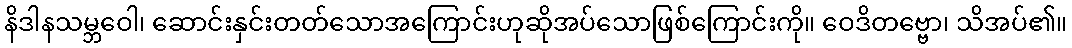
နိဒါနသမ္ဘဝေါ၊ ဆောင်းနှင်းတတ်သောအကြောင်းဟုဆိုအပ်သောဖြစ်ကြောင်းကို။ ဝေဒိတဗ္ဗော၊ သိအပ်၏။